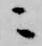
ニ